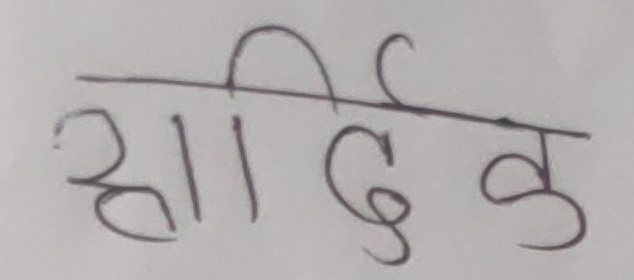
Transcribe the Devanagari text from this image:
हार्दिक